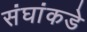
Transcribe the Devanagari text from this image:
संघांकडे